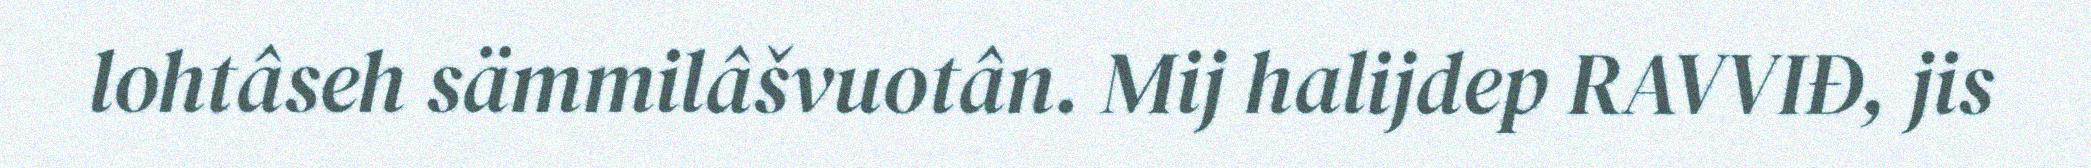
lohtâseh sämmilâšvuotân. Mij halijdep RAVVIĐ, jis